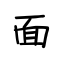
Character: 面